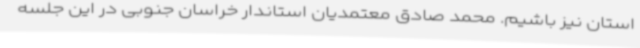
استان نیز باشیم. محمد صادق معتمدیان استاندار خراسان جنوبی در این جلسه